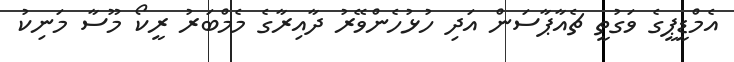
އެމްޑީޕީގެ ވަގުތީ ޗެއާޕާސަން އަދި ހުޅުހެންވޭރު ދާއިރާގެ މެމްބަރު ރީކޯ މޫސާ މަނިކު